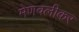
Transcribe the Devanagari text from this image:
मेणवलीकर